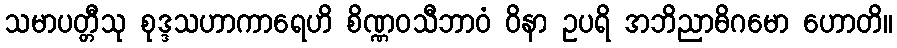
သမာပတ္တီသု စုဒ္ဒသဟာကာရေဟိ စိဏ္ဏဝသီဘာဝံ ဝိနာ ဥပရိ အဘိညာဓိဂမော ဟောတိ။